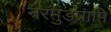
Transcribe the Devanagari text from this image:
नरमुंडप्राप्ति